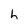
Character: h